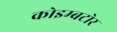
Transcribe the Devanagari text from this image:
कोइम्बटोर